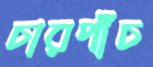
চারপাঁচ